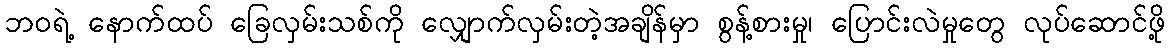
ဘဝရဲ့ နောက်ထပ် ခြေလှမ်းသစ်ကို လျှောက်လှမ်းတဲ့အချိန်မှာ စွန့်စားမှု၊ ပြောင်းလဲမှုတွေ လုပ်ဆောင်ဖို့